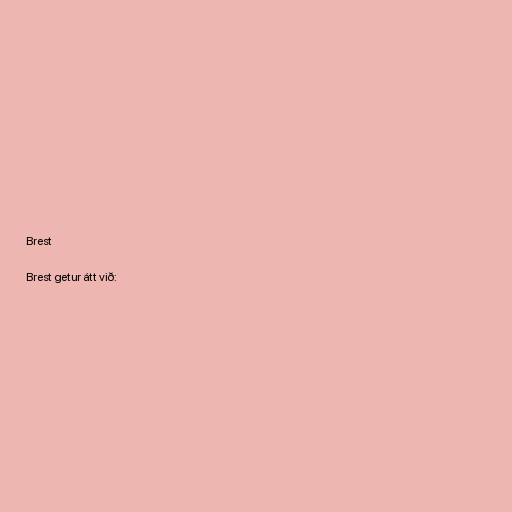
Brest

Brest getur átt við: